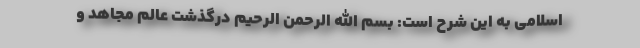
اسلامی به این شرح است: بسم الله الرحمن الرحیم درگذشت عالم مجاهد و